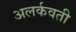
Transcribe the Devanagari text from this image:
अलर्कवती